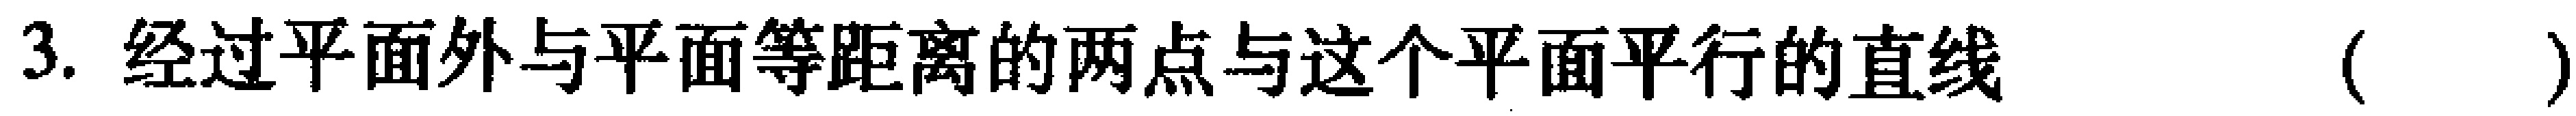
3. 经过平面外与平面等距离的两点与这个平面平行的直线（  ）